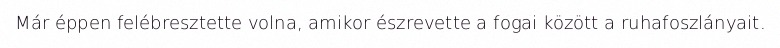
Már éppen felébresztette volna, amikor észrevette a fogai között a ruhafoszlányait.